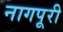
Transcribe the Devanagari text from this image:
नागपूरी